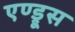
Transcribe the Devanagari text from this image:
एण्ड्रूस